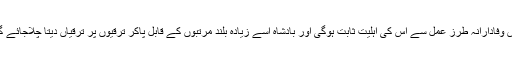
اس وفادارانہ طرز عمل سے اس کی اہلیت ثابت ہوگی اور بادشاہ اسے زیادہ بلند مرتبوں کے قابل پاکر ترقیوں پر ترقیاں دیتا چلاجائے گا۔